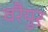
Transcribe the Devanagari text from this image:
वरैयुर